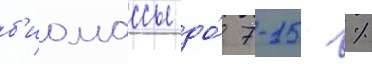
б'иомассы до́ 7-15 %